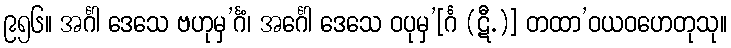
၉၅၆။ အင်္ဂါ ဒေသေ ဗဟုမှ’င်္ဂံ၊ အင်္ဂေါ ဒေသေ ဝပုမှ’[င်္ဂ (ဋီ.)] တထာ’ဝယဝဟေတုသု။